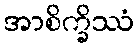
အာစိက္ခိဿံ